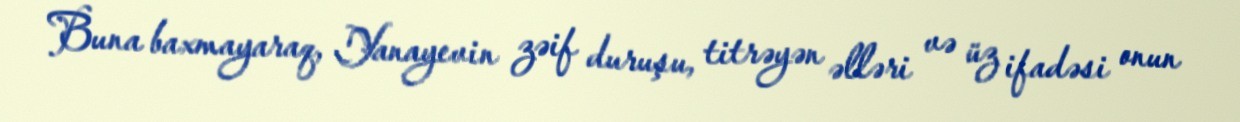
Buna baxmayaraq, Yanayevin zəif duruşu, titrəyən əlləri və üz ifadəsi onun